Riigikantselei, lk 7
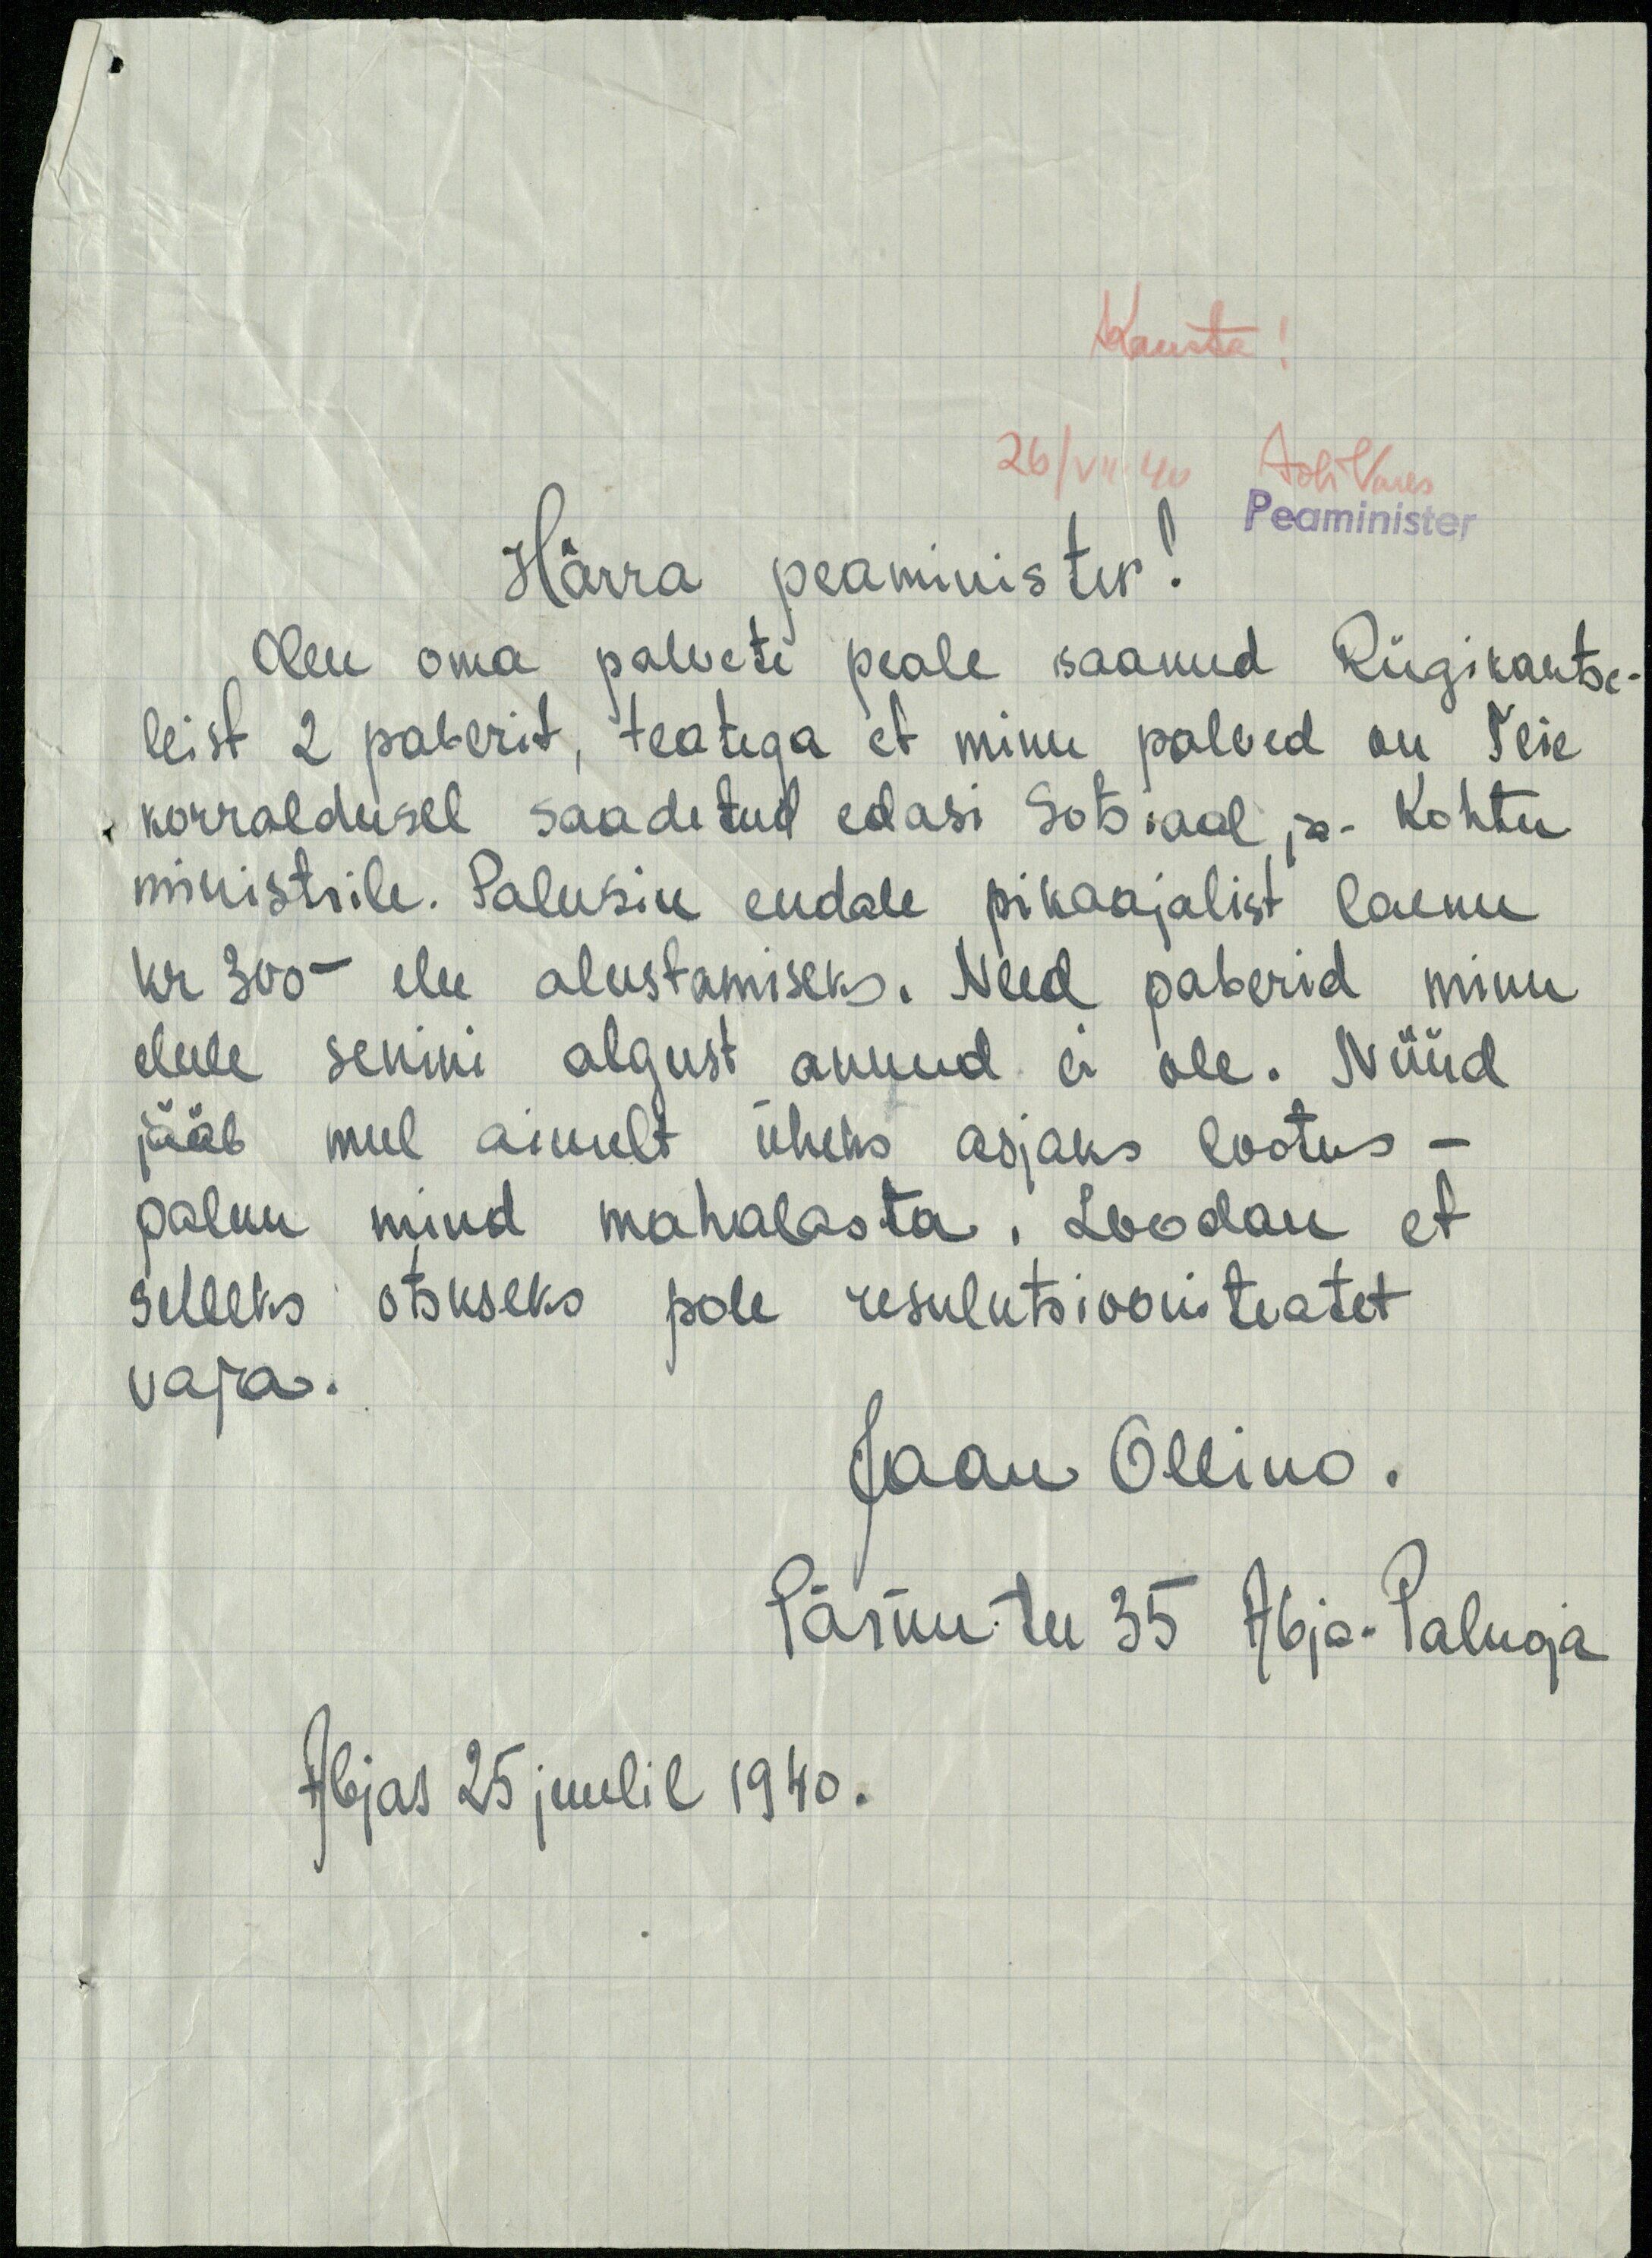
Kausta
Peaminister
Härra peaminister!
Olen oma palvete peale saanud Riigikantse-
leist 2 paberit, teatega et minu palved on Teie
korraldusel saadetud edasi Sotsiaal ja- Kohtu
ministrile. Palusin endale pikaajalist laenu
kr 300- elu alustamiseks. Need paberid minu
elule senini algust annud ei ole. Nüüd
jääb mul ainult üheks asjaks lootus -
palun mind mahalasta. Loodan et
selleks otsuseks pole resulutsiooniteatet
vaja.
Jaan Ollino.
Pärnu tee 35 Abja-Paluoja
Abjas 25 juulil 1940.